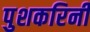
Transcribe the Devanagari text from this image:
पुशकरिनी